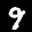
Label: 9